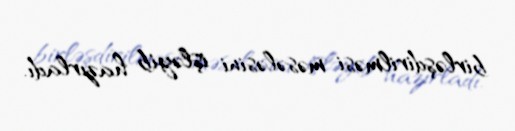
birləşdirilməsi məsələsini işləyib hazırladı.